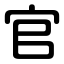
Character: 官